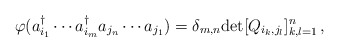
\begin{align*}\varphi(a^\dag_{i_1}\cdots a^\dag_{i_m}a_{j_n}\cdots a_{j_1})=\delta_{m, n}{\rm det} [Q_{i_k, j_l}]_{k, l=1}^n\,,\end{align*}